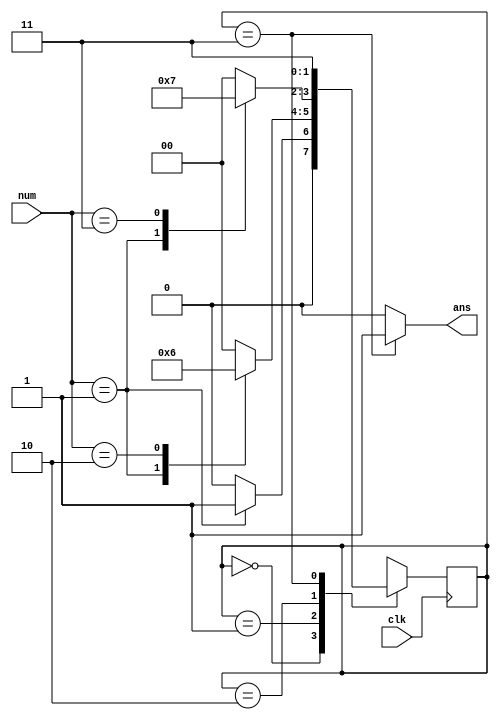
`timescale 1ns / 1ps
//////////////////////////////////////////////////////////////////////////////////
// Company: 
// Engineer: 
// 
// Design Name: 
// Module Name:    counting 
// Project Name: 
// Target Devices: 
// Tool versions: 
// Description: 
//
// Dependencies: 
//
// Revision: 
// Revision 0.01 - File Created
// Additional Comments: 
//
//////////////////////////////////////////////////////////////////////////////////

`define S0 2'b00
`define S1 2'b01
`define S2 2'b10
`define S3 2'b11
module counting(
	input [1:0] num,
	input clk,
	output ans
    );
	reg [1:0] status;
	initial begin
		status<=`S0;
	end
	always@(posedge clk)
	begin
		case(status)
		`S0:begin
			case (num)
			2'b01: status<=`S1;
			2'b10: status<=`S0;
			2'b11: status<=`S0;	
			default: status<=`S0;
			endcase
		end 
		`S1:begin
			case (num)
			2'b01: status<=`S1;
			2'b10: status<=`S2;
			2'b11: status<=`S0;
			default: status<=`S0;
			endcase
		end
		`S2:begin
			case (num)
			2'b01: status<=`S1;
			2'b10: status<=`S0;
			2'b11: status<=`S3;	
			default: status<=`S0;
			endcase
		end
		`S3:begin
			case (num)
			2'b01: status<=`S3;
			2'b10: status<=`S3;
			2'b11: status<=`S3;	
			default: status<=`S3;
			endcase
		end	
		endcase
	end
assign ans=(status==`S3)?1:0;


endmodule